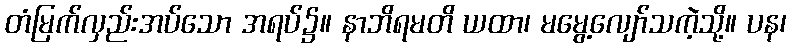
တံမြက်လှည်းအပ်သော အရပ်၌။ နာဘိရမတိ ယထာ၊ မမွေ့လျော်သကဲ့သို့။ ပန၊